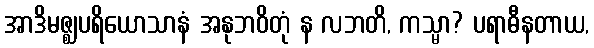
အာဒိမဇ္ဈပရိယောသာနံ အနုဘဝိတုံ န လဘတိ, ကသ္မာ? ပရာဓီနတာယ,